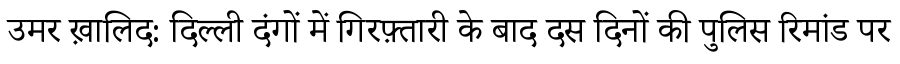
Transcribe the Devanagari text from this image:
उमर ख़ालिद: दिल्ली दंगों में गिरफ़्तारी के बाद दस दिनों की पुलिस रिमांड पर